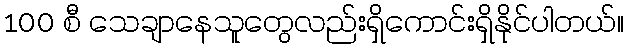
100 စီ သေချာနေသူတွေလည်းရှိကောင်းရှိနိုင်ပါတယ်။